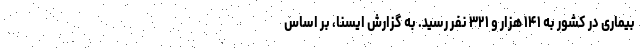
بیماری در کشور به ۱۴۱ هزار و ۳۲۱ نفر رسید. به گزارش ایسنا، بر اساس